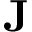
\mathbf { J }